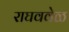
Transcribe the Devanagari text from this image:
राघववेळ